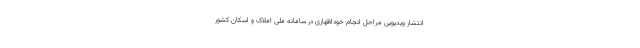
انتشار ویدیویی مراحل انجام خوداظهاری در سامانه ملی املاک و اسکان کشور